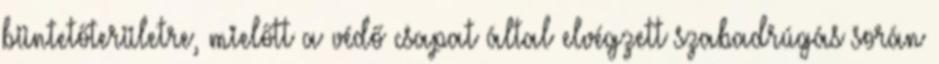
büntetőterületre, mielőtt a védő csapat által elvégzett szabadrúgás során